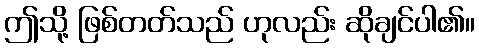
ဤသို့ ဖြစ်တတ်သည် ဟုလည်း ဆိုချင်ပါ၏။